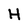
Character: H